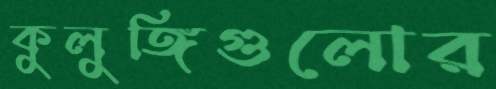
কুলুঙ্গিগুলোর